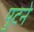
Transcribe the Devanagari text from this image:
पुटने